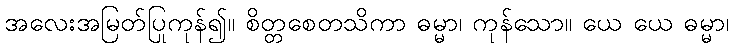
အလေးအမြတ်ပြုကုန်၍။ စိတ္တစေတသိကာ ဓမ္မာ၊ ကုန်သော။ ယေ ယေ ဓမ္မာ၊